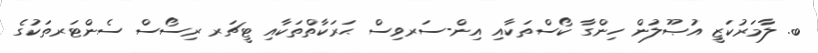
ބ. ލާމަރުކަޒީ އުޞޫލުން ހިންގާ ކޯސްތަކާއި އިން-ސަރވިސް ޙަރަކާތްތަކާއި ޓީޗަރ ރިސޯސް ސެންޓަރތަކުގެ